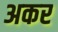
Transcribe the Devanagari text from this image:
अकर